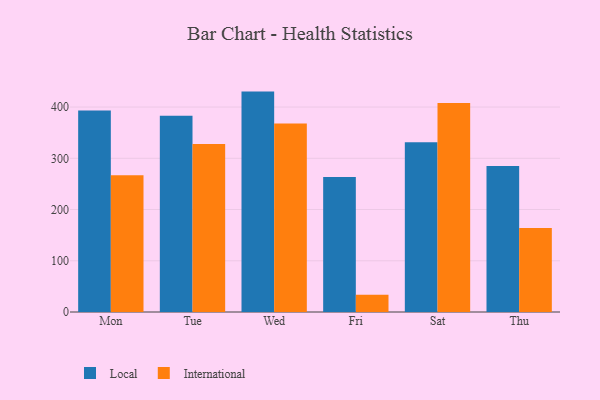
{"axis": {"x": "Day", "y": "Humidity (%)"}, "legend": ["International", "Local"], "data": [{"x": "Mon", "y": 393.5, "type": "Local"}, {"x": "Mon", "y": 266.9, "type": "International"}, {"x": "Tue", "y": 383.1, "type": "Local"}, {"x": "Tue", "y": 327.9, "type": "International"}, {"x": "Wed", "y": 430.2, "type": "Local"}, {"x": "Wed", "y": 368.0, "type": "International"}, {"x": "Fri", "y": 263.5, "type": "Local"}, {"x": "Fri", "y": 33.9, "type": "International"}, {"x": "Sat", "y": 331.5, "type": "Local"}, {"x": "Sat", "y": 408.1, "type": "International"}, {"x": "Thu", "y": 285.2, "type": "Local"}, {"x": "Thu", "y": 163.8, "type": "International"}]}